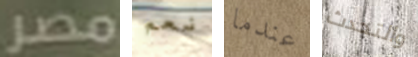
مصر نعم عندما والتحدث